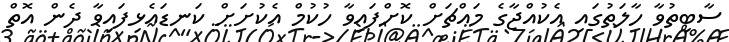
ސާބިތުވާ ހާލަތުގައި އެކުއްޖާގެ މައްޗަށް ކޮށްފައިވާ ހުކުމް އެކުށަށް ކަނޑައެޅިފައިވާ ދެން އޮތް